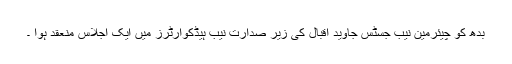
بدھ کو چیئرمین نیب جسٹس جاوید اقبال کی زیر صدارت نیب ہیڈکوارٹرز میں ایک اجلاس منعقد ہوا ۔